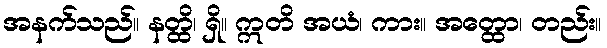
အနက်သည်။ နတ္ထိ၊ ရှိ။ ဣတိ အယံ၊ ကား။ အတ္ထော၊ တည်း။